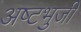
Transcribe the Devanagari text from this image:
अष्‍टभुजी